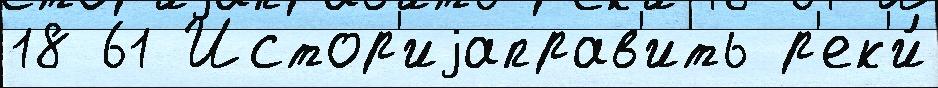
18 61 Истор'иjаправ'ить р'ек'и́